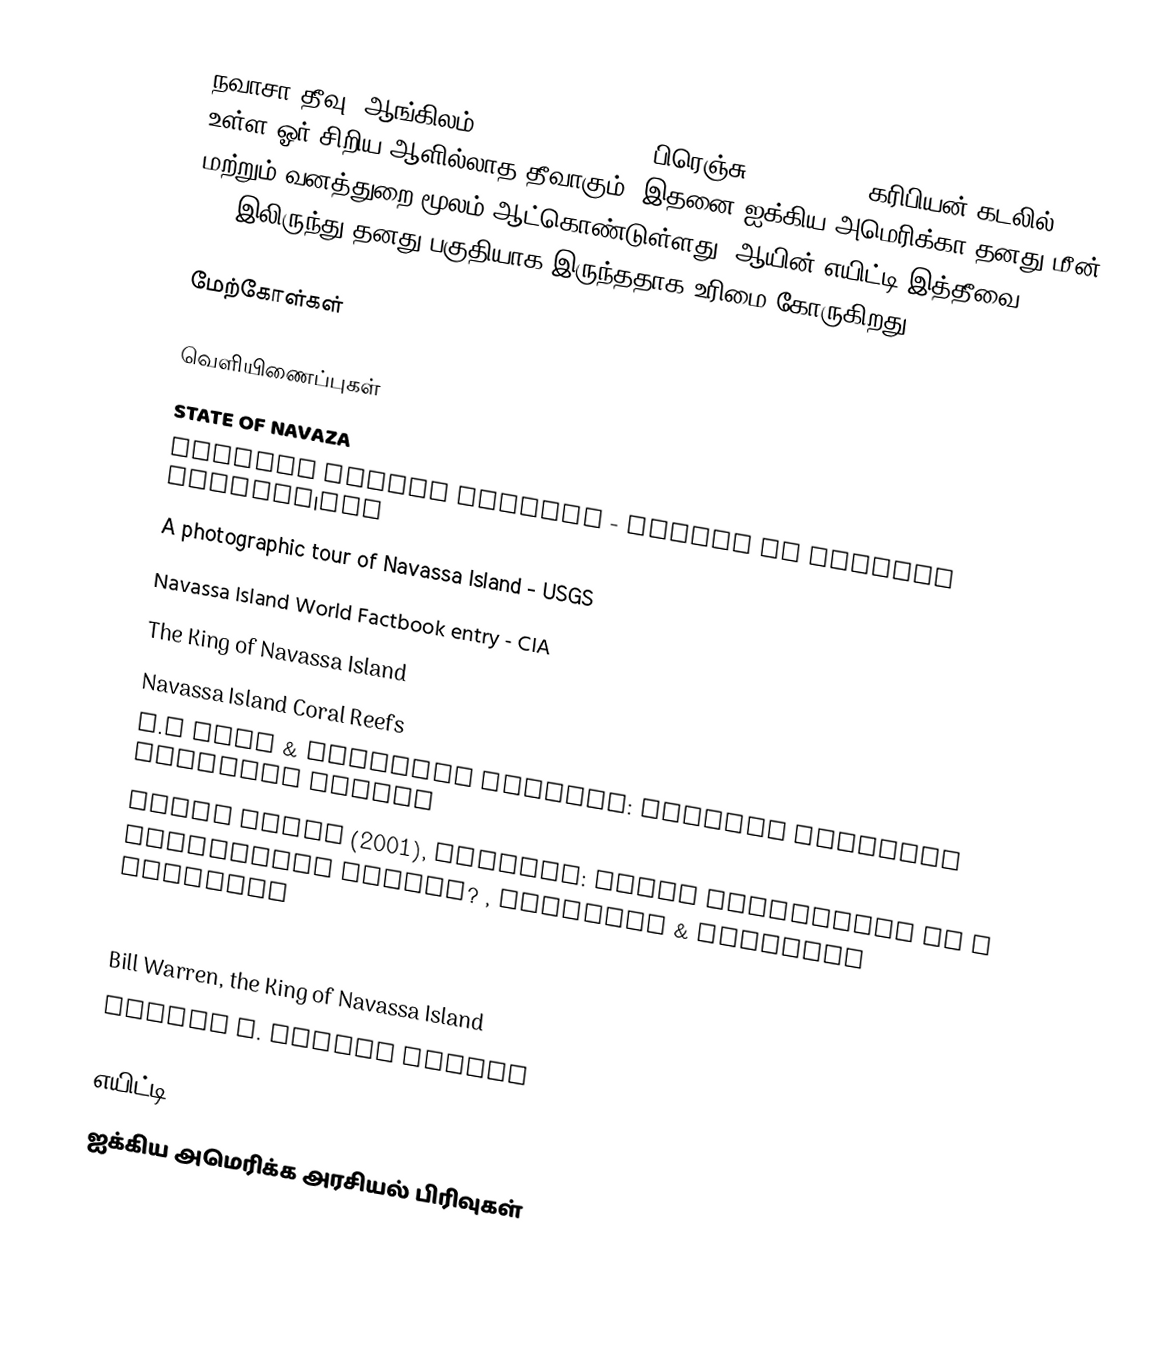
நவாசா தீவு (ஆங்கிலம்: Navassa Island) (பிரெஞ்சு: La Navase) கரிபியன் கடலில் உள்ள ஓர் சிறிய ஆளில்லாத தீவாகும். இதனை ஐக்கிய அமெரிக்கா தனது மீன் மற்றும் வனத்துறை மூலம் ஆட்கொண்டுள்ளது. ஆயின் எயிட்டி இத்தீவை 1801இலிருந்து தனது பகுதியாக இருந்ததாக உரிமை கோருகிறது..

மேற்கோள்கள்

வெளியிணைப்புகள்
 STATE OF NAVAZA
 Navassa Island profile  - Office of Insular Affairs|OIA
 A photographic tour of Navassa Island  - USGS
 Navassa Island World Factbook entry  - CIA
 The King of Navassa Island
 Navassa Island Coral Reefs
 U.S Fish & Wildlife Service: Navassa National Wildlife Refuge
 Fabio Spadi (2001), Navassa: Legal Nightmares in a Biological Heaven? , Boundary & Security Bulletin
 The Navassa island riot. Illustrated. Published by the National Grand Tabernacle, Order of Galillean Fishermen, Baltimore, Md.
 Bill Warren, the King of Navassa Island
 Warren v. United States

எயிட்டி
ஐக்கிய அமெரிக்க அரசியல் பிரிவுகள்